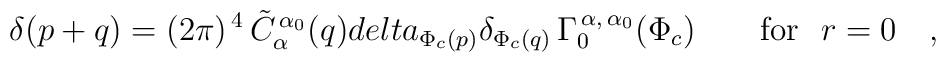
\delta(p+q)=(2\pi)^{\,4} \,\tilde C_{\alpha}^{\,\alpha_{0}}(q)\\delta_{\Phi_{c}(p)}\delta_{\Phi_{c}(q)}\,\Gamma_{0}^{\,\alpha,\,\alpha_{0}}(\Phi_{c})\qquad\mbox{for }\ r=0\quad ,